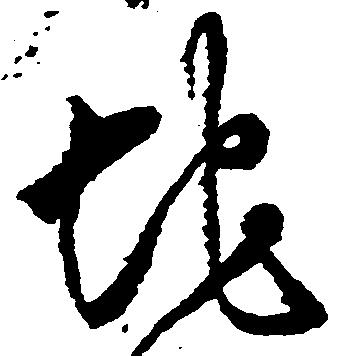
地